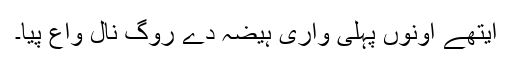
ایتھے اونوں پہلی واری ہیضہ دے روگ نال واع پیا۔